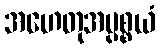
အဟေတုအပ္ပစ္စယံ